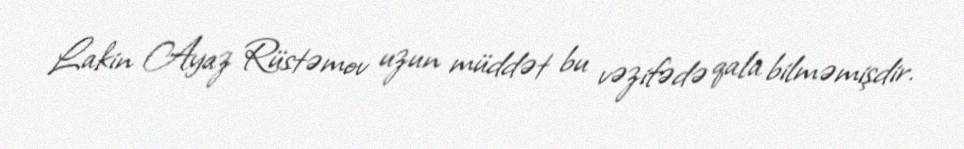
Lakin Ayaz Rüstəmov uzun müddət bu vəzifədə qala bilməmişdir.